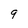
Character: 9